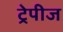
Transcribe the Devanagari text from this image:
ट्रेपीज